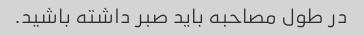
در طول مصاحبه باید صبر داشته باشید.